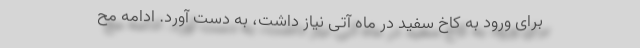
برای ورود به کاخ سفید در ماه آتی نیاز داشت، به دست آورد. ادامه مح